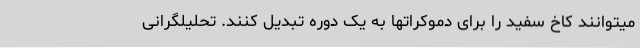
میتوانند کاخ سفید را برای دموکراتها به یک دوره تبدیل کنند. تحلیلگرانی